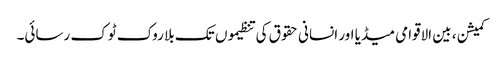
کمیشن ، بین الاقوامی میڈیا اور انسانی حقوق کی تنظیموں تک بلا روک ٹوک رسائی۔